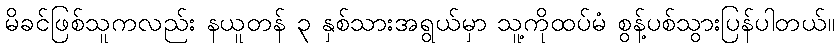
မိခင်ဖြစ်သူကလည်း နယူတန် ၃ နှစ်သားအရွယ်မှာ သူ့ကိုထပ်မံ စွန့်ပစ်သွားပြန်ပါတယ်။